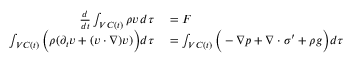
\begin{array} { r l } { \frac { d } { d t } \int _ { V C ( t ) } \rho v \, d \tau } & { { } = F } \\ { \int _ { V C ( t ) } \Big ( \rho ( \partial _ { t } v + ( v \cdot \nabla ) v ) \Big ) d \tau } & { { } = \int _ { V C ( t ) } \Big ( - \nabla p + \nabla \cdot \sigma ^ { \prime } + \rho g \Big ) d \tau } \end{array}